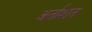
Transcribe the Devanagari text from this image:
अर्ताशत